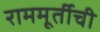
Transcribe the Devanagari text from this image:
राममूर्तीची